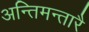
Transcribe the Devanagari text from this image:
अन्तिमन्तारै